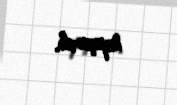
tapşırıb.